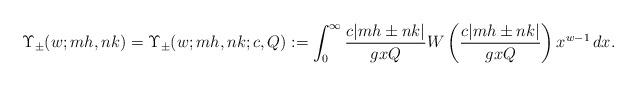
LaTeX: \begin{align*} \Upsilon_{\pm}(w;mh,nk)= \Upsilon_{\pm}(w;mh,nk;c,Q):=\int_{0}^{\infty}\frac{c|mh\pm nk|}{g x Q}W\left(\frac{c|mh\pm nk|}{g x Q} \right)x^{w-1}\,dx.\end{align*}